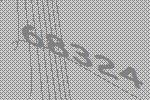
68324